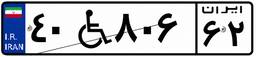
۵۳W۰۱۱۸۹